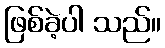
ဖြစ်ခဲ့ပါ သည်။